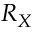
R _ { X }